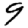
Digit: 9